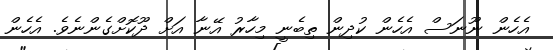
އެހެން ނޫނަސް އެހެން ކުދިން ތިބެނީ މިހާރު އޭނާ އަށް ދޫކޮށްގެންނެވެ. އެހެން